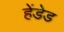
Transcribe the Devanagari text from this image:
हेंडेड